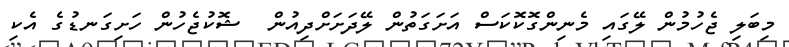
މިބަލި ޖެހުމުން ލޭގައި މެނިންގޮކޮކަސް އަށަގަތުން ލޭދަށަށްދިއުން  ޝޮކުޖެހުން ހަށިގަނޑުގެ އެކި